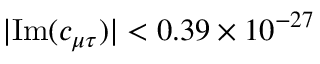
| \mathrm { I m } ( c _ { \mu \tau } ) | < 0 . 3 9 \times 1 0 ^ { - 2 7 }